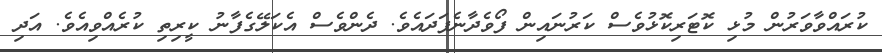
ކުރައްވާވަރުން މުޅި ކޮޓަރިކޮޅުވެސް ކަރުނައިން ފޯވެދާނެފަދައެވެ. ދެންވެސް އެކަލޭގެފާނު ކީރިތި ކުރެއްވިއެވެ. އަދި